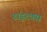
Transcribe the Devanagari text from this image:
डाइरक्स